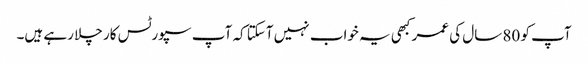
آپ کو 80 سال کی عمر کبھی یہ خواب نہیں آسکتا کہ آپ سپورٹس کار چلا رہے ہیں۔